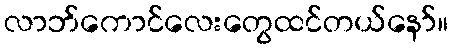
လာဘ်ကောင်လေးတွေထင်တယ်နော်။